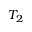
T _ { 2 }